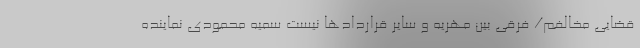
قضایی مخالفم/ فرقی بین مهریه و سایر قراردادها نیست سمیه محمودی نماینده